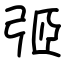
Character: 弬